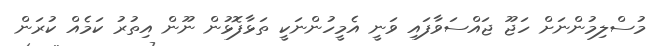
މުސްލިމުންނަށް ހަޖޫ ޖައްސަވާފައި ވަނީ އެމީހުންނަކީ ތަޅާފޮޅުން ނޫން އިތުރު ކަމެއް ކުރަން